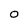
Character: 0